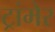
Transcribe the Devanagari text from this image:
ट्रांमेर